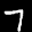
Label: 7